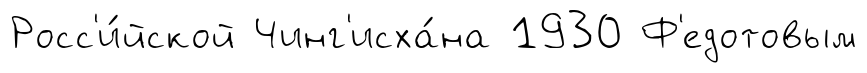
Росс'и́йской Чинг'исха́на 1930 Ф'едотовым